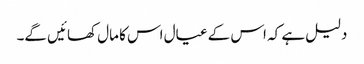
دلیل ہے کہ اس کے عیال اس کا مال کھائیں گے۔